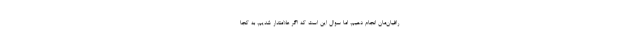
رافیان‌مان انجام دهیم، اما سوال این است که اگر علامتدار شدیم، به کجا